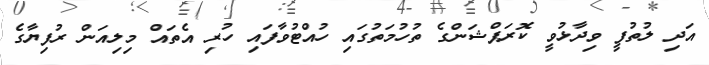
އަދި ލުތުފީ ވިދާޅުވީ ކޮރަޕްޝަންގެ ތުހުމަތުގައި ހުއްޓުވާފައި ހުރި އެތައް މިލިއަން ރުފިޔާގެ